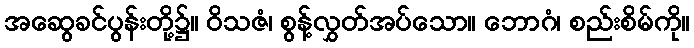
အဆွေခင်ပွန်းတို့၌။ ဝိသဇံ၊ စွန့်လွှတ်အပ်သော။ ဘောဂံ၊ စည်းစိမ်ကို။